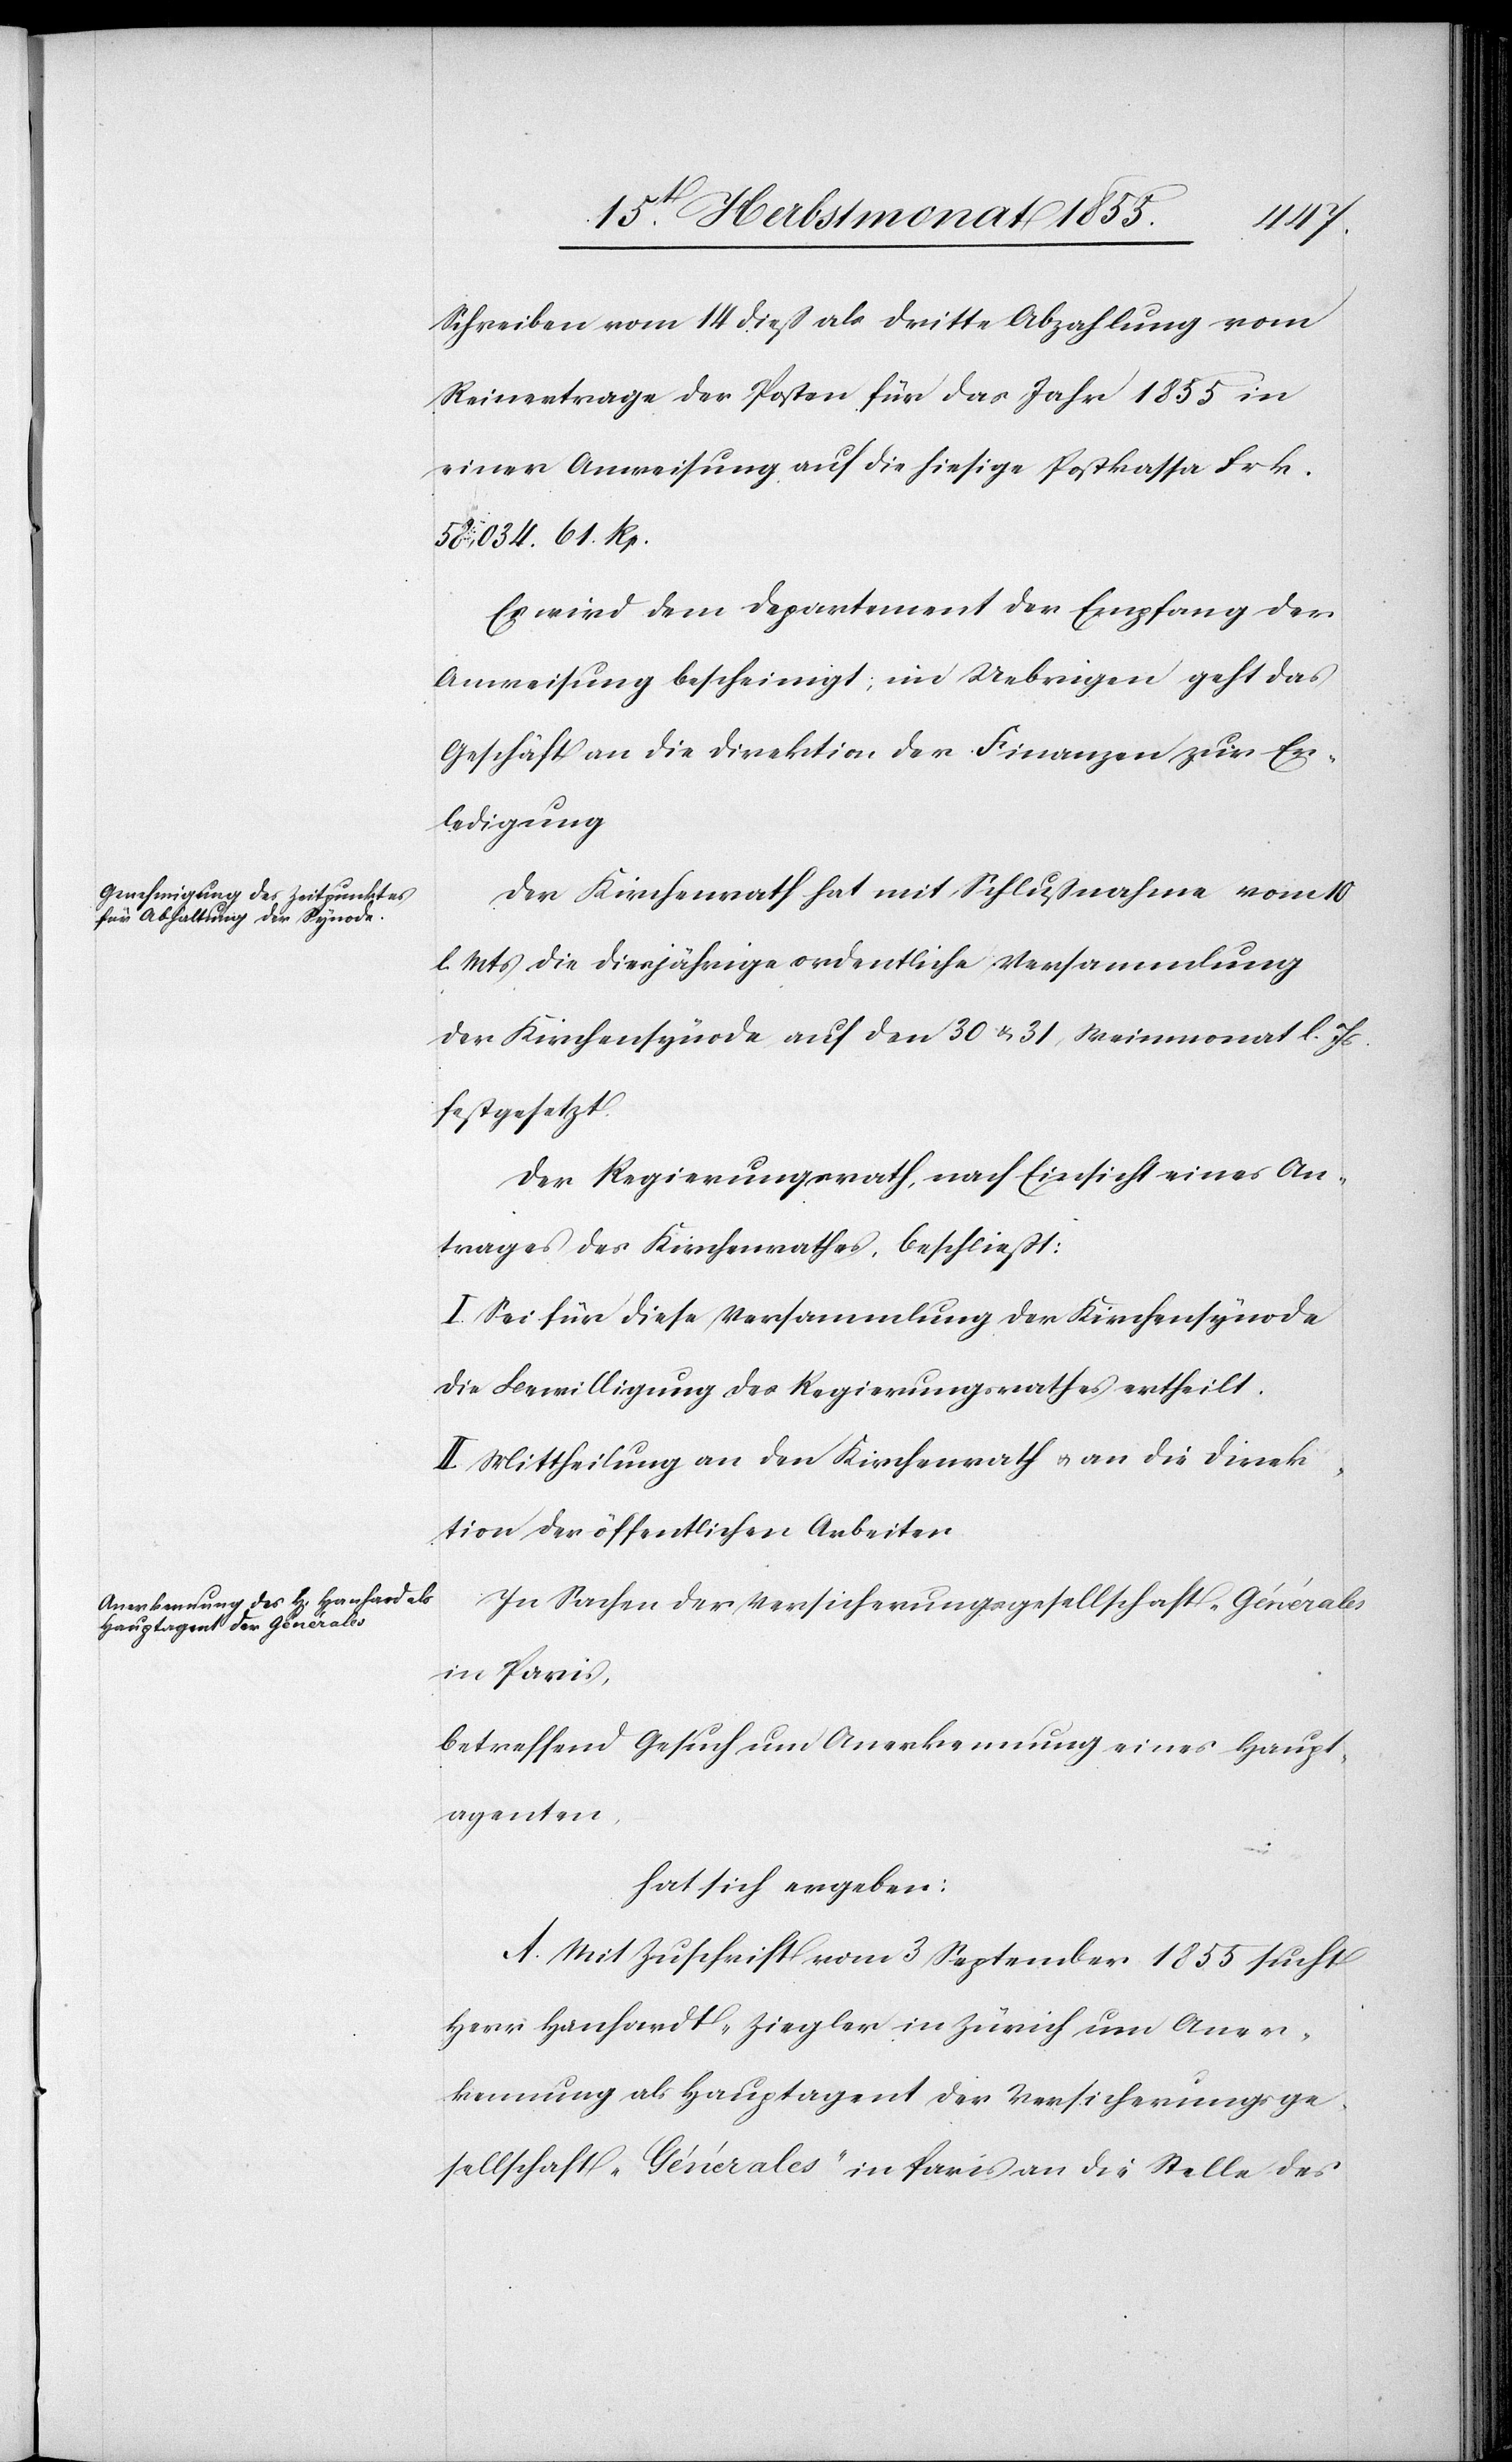
Schreiben vom 14 dieß als dritte Abzahlung vom
Reinertrage der Posten für das Jahr 1855 in
einer Anweisung auf die hiesige Postkassa Frk.
58,034. 61. Rp.
Es wird dem Departement der Empfang der
Anweisung bescheinigt; im Uebrigen geht das
Geschäft an die Direktion der Finanzen zur Er¬
ledigung[.]
Der Kirchenrath hat mit Schlußnahme vom 10
l. Mts die diesjährige ordentliche Versammlung
der Kirchensynode auf den 30 & 31 Weinmonat l. Js.
festgesetzt.
Der Regierungsrath, nach Einsicht eines An¬
trages des Kirchenrathes, beschließt:
I. Sei für diese Versammlung der Kirchensynode
die Bewilligung des Regierungsrathes ertheilt.
II. Mittheilung an den Kirchenrath & an die Direk¬
tion der öffentlichen Arbeiten.
In Sachen der Versicherungsgesellschaft „Générales[“]
in Paris,
betreffend Gesuch um Anerkennung eines Haupt¬
agenten,
hat sich ergeben:
A. Mit Zuschrift vom 3 September 1855 sucht
Herr Hanhardt-Ziegler in Zürich um Aner¬
kennung als Hauptagent der Versicherungsge¬
sellschaft „Générales“ in Paris an die Stelle des